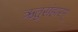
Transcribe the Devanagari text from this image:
ऋतुसंहारम्